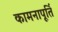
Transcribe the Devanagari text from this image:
कामनापूर्ति